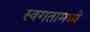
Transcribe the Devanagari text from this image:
स्वगतामध्ये